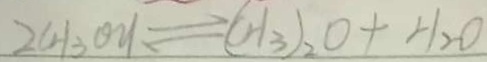
2 C H _ { 3 } O H \rightleftharpoons ( C H _ { 3 } ) _ { 2 } O + H _ { 2 } O